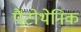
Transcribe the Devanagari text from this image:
पैंटोथेनिक